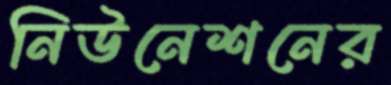
নিউনেশনের